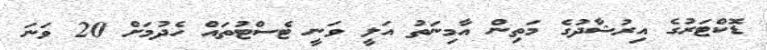
ޑޮކްޓަރުގެ އިރުޝާދުގެ މަތިން އާމިނަތު އަލީ ވަނީ ޓެސްޓުތައް ހެދުމަށް 20 ވަނަ